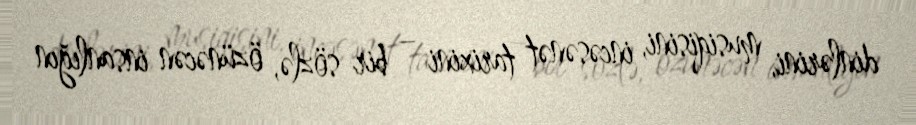
dinlərini, musiqisini, incəsənət tarixini – bir sözlə, özünəcən insanlığın